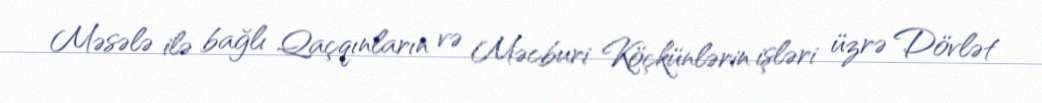
Məsələ ilə bağlı Qaçqınların və Məcburi Köçkünlərin işləri üzrə Dövlət